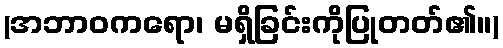
(အဘာဝကရော၊ မရှိခြင်းကိုပြုတတ်၏။)